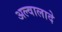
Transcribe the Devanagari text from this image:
अल्वालादे